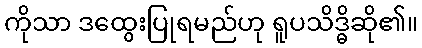
ကိုသာ ဒထွေးပြုရမည်ဟု ရူပသိဒ္ဓိဆို၏။